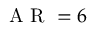
\mathrm { ~ A ~ R ~ } = 6